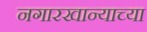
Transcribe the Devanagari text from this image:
नगारखान्याच्या